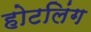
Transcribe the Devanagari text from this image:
होटलिंग